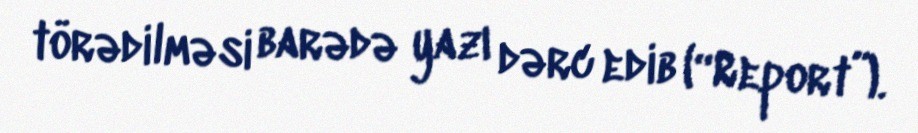
törədilməsi barədə yazı dərc edib (“Report”).